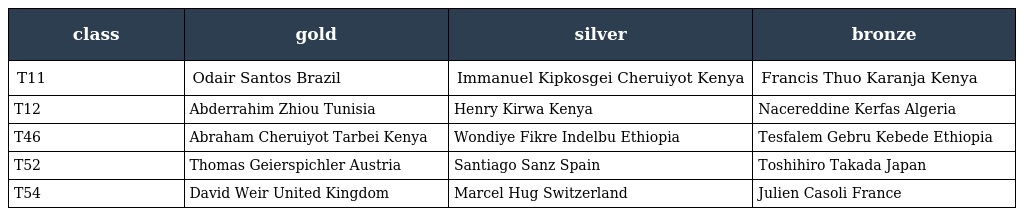
| class | gold | silver | bronze |
 | --- | --- | --- | --- |
 | T11 | Odair Santos Brazil | Immanuel Kipkosgei Cheruiyot Kenya | Francis Thuo Karanja Kenya |
 | T12 | Abderrahim Zhiou Tunisia | Henry Kirwa Kenya | Nacereddine Kerfas Algeria |
 | T46 | Abraham Cheruiyot Tarbei Kenya | Wondiye Fikre Indelbu Ethiopia | Tesfalem Gebru Kebede Ethiopia |
 | T52 | Thomas Geierspichler Austria | Santiago Sanz Spain | Toshihiro Takada Japan |
 | T54 | David Weir United Kingdom | Marcel Hug Switzerland | Julien Casoli France |